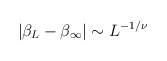
\begin{align*}\left| \beta_{L} - \beta_{\infty} \right| \sim L^{-1/\nu} \end{align*}